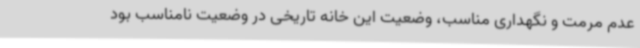
عدم مرمت و نگهداری مناسب، وضعیت این خانه تاریخی در وضعیت نامناسب بود